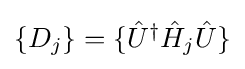
{\textstyle \{D_{j}\}=\{{\hat {U}}^{\dagger }{\hat {H}}_{j}{\hat {U}}\}}